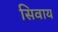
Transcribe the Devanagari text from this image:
सिवाय